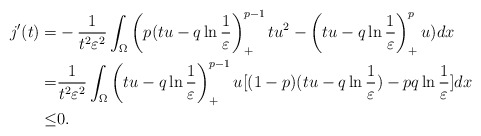
\begin{align*}j'(t)=&-\frac{1}{t^2\varepsilon^2}\int_{\Omega}\left(p(tu-q\ln\frac{1}{\varepsilon}\right)_+^{p-1}tu^2-\left(tu-q\ln\frac{1}{\varepsilon}\right)_+^{p}u)dx\\=&\frac{1}{t^2\varepsilon^2}\int_{\Omega}\left(tu-q\ln\frac{1}{\varepsilon}\right)_+^{p-1}u[(1-p)(tu-q\ln\frac{1}{\varepsilon})-pq\ln\frac{1}{\varepsilon}]dx\\\leq &0.\end{align*}